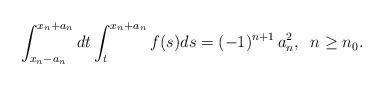
LaTeX: \begin{align*} \int_{x_n-a_n}^{x_n+a_n} dt \int_t^{x_n+ a_n} f(s)ds =(-1)^{n+1}\, a^2_n, \;\; n \ge n_0.\end{align*}